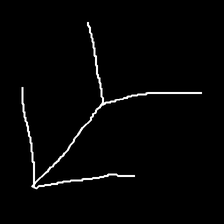
Glyph: gather